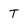
Character: T